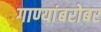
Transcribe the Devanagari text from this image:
गाण्यांबरोबर